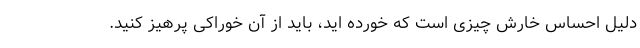
دلیل احساس خارش چیزی است که خورده اید، باید از آن خوراکی پرهیز کنید.